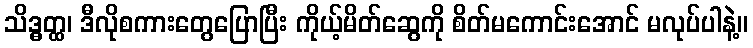
သိဒ္ဓတ္ထ၊ ဒီလိုစကားတွေပြောပြီး ကိုယ့်မိတ်ဆွေကို စိတ်မကောင်းအောင် မလုပ်ပါနဲ့။